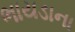
ભાયડાના